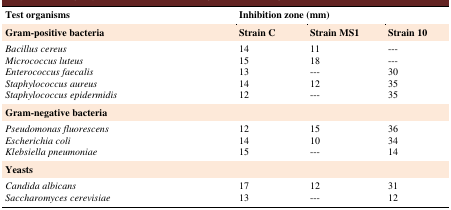
<table><thead><tr><td><b>Test organisms</b></td><td colspan="2"><b>Inhibition zone (mm)</b></td><td></td></tr></thead><tbody><tr><td><b>Gram-positive bacteria</b></td><td><b>Strain C</b></td><td><b>Strain MS1</b></td><td><b>Strain 10</b></td></tr><tr><td><i>Bacillus cereus</i><i>Micrococcus luteus</i><i>Enterococcus faecalis</i><i>Staphylococcus aureus</i><i>Staphylococcus epidermidis</i></td><td>1415131412</td><td>1118---12---</td><td>------303535</td></tr><tr><td><b>Gram-negative bacteria</b></td><td></td><td></td><td></td></tr><tr><td><i>Pseudomonas fluorescens</i><i>Escherichia coli</i><i>Klebsiella pneumoniae</i></td><td>121415</td><td>1510---</td><td>363414</td></tr><tr><td><b>Yeasts</b></td><td></td><td></td><td></td></tr><tr><td><i>Candida albicans</i><i>Saccharomyces cerevisiae</i></td><td>1713</td><td>12---</td><td>3112</td></tr></tbody></table>